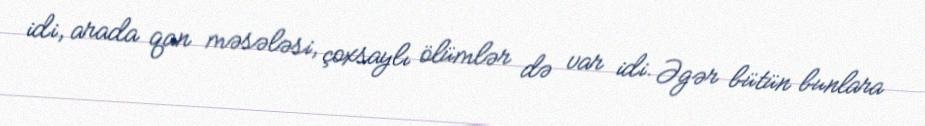
idi, arada qan məsələsi, çoxsaylı ölümlər də var idi. Əgər bütün bunlara